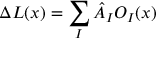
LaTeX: \Delta L ( x ) = \sum _ { I } \hat { A } _ { I } O _ { I } ( x )